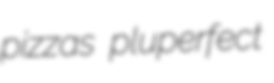
pizzas pluperfect